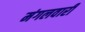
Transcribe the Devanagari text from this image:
मंगलवारी